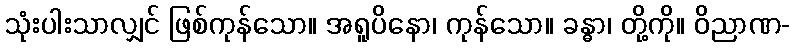
သုံးပါးသာလျှင် ဖြစ်ကုန်သော။ အရူပိနော၊ ကုန်သော။ ခန္ဓာ၊ တို့ကို။ ဝိညာဏ-